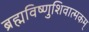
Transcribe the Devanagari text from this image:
ब्रह्मविष्णुशिवात्मकम्